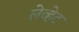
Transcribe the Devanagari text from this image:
लेव्हेट